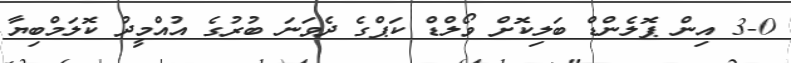
3-0 އިން ޕޮލެންޑް ބަލިކޮށް ވޯލްޑް ކަޕްގެ ދެވަނަ ބުރުގެ އުއްމީދު ކޮލަމްބިޔާ